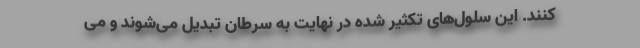
کنند. این سلول‌های تکثیر شده در نهایت به سرطان تبدیل می‌شوند و می